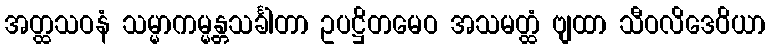
အတ္ထသဝနံ သမ္မာကမ္မန္တသင်္ခါတာ ဥပဋ္ဌိတမေဝ အသမတ္ထံ ဗျထာ သီဝလိဒေဝိယာ